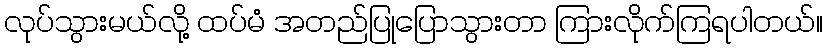
လုပ်သွားမယ်လို့ ထပ်မံ အတည်ပြုပြောသွားတာ ကြားလိုက်ကြရပါတယ်။